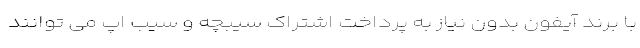
با برند آیفون بدون نیاز به پرداخت اشتراک سیبچه و سیب اپ می توانند